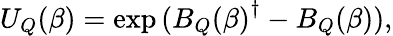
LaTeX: U_{Q}(\beta)=\exp{({B_{Q}(\beta)}^{\dagger}-B_{Q}(\beta))},